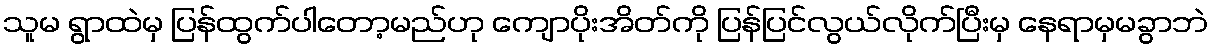
သူမ ရွာထဲမှ ပြန်ထွက်ပါတော့မည်ဟု ကျောပိုးအိတ်ကို ပြန်ပြင်လွယ်လိုက်ပြီးမှ နေရာမှမခွာဘဲ